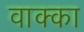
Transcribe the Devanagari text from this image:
वाक्का